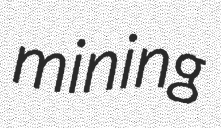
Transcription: mining